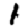
Digit: 1